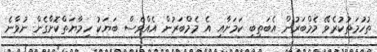
ތުހުމަތުކުރެވޭ މެމްބަރުން އެބަތިބި ކަމަށާއި އެ މެމްބަރުން އެއްވެސް ބަޔަކު ހިމާޔަތްކޮށްގެން ނުވާނެ